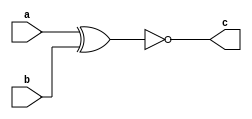
module Logic_XNOR(a, b, c);
input a, b;
output c;
assign c = ~(a ^ b);
endmodule